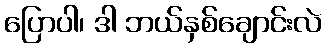
ပြောပါ၊ ဒါ ဘယ်နှစ်ချောင်းလဲ